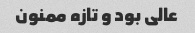
عالی بود و تازه ممنون